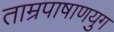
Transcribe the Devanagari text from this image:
ताम्रपाषाणयुग